Problem: 29 + 7 = ?
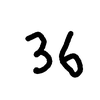
Handwritten answer: 36